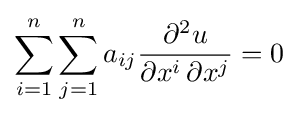
\sum _{i=1}^{n}\sum _{j=1}^{n}a_{ij}{\frac {\partial ^{2}u}{\partial x^{i}\,\partial x^{j}}}=0